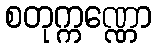
စတုက္ကဏ္ဏော